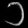
Digit: ၁